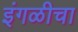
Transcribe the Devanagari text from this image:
इंगळीचा